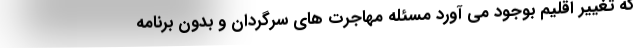
که تغییر اقلیم بوجود می آورد مسئله مهاجرت های سرگردان و بدون برنامه